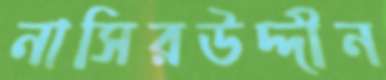
নাসিরউদ্দীন